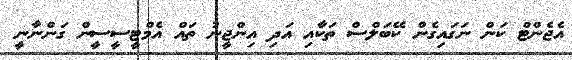
އެޖެންޓް ކަން ނަގައިގެން ކޭބަލްސް ތަކާއި އަދި އިންޖީނު ތައް އެމްޓީސީސީން ގަންނާނީ